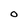
Character: O